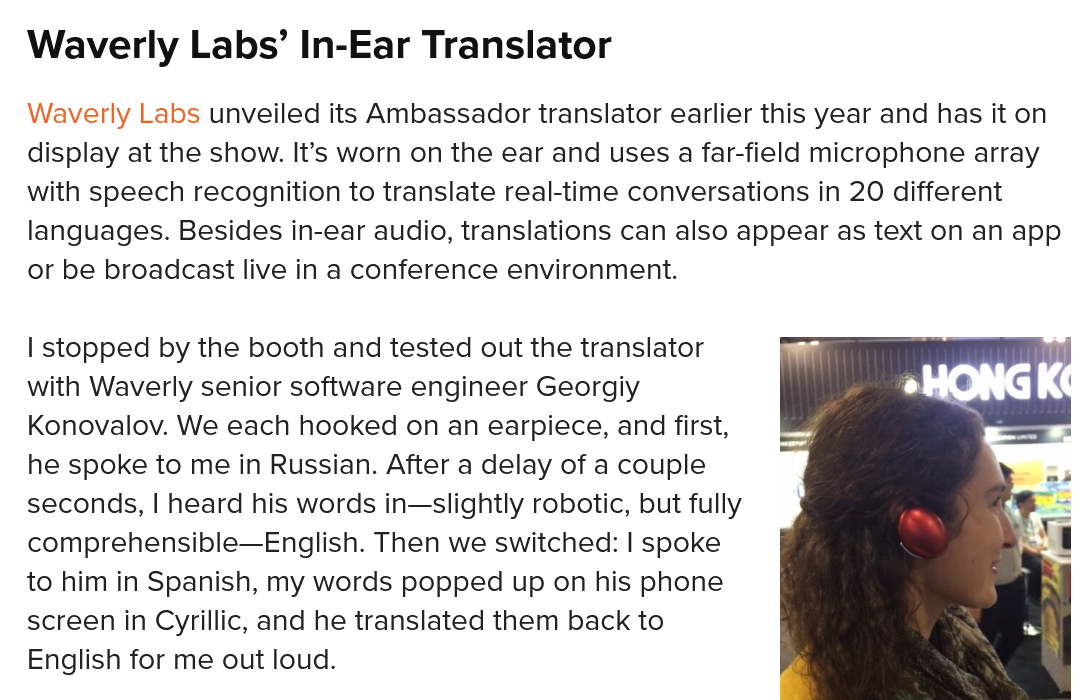
Waverly    Labs’  In-Ear  Translator
  Waverly Labs unveiled its Ambassador translator earlier this year and has it on
  display at the show. It’s worn on the ear and uses a far-field microphone array
  with speech recognition to translate real-time conversations in 20 different
  languages. Besides in-ear audio, translations can also appear as text on an app
  or be broadcast live in a conference environment.
  | stopped by the booth and tested out the translator
  with Waverly senior software engineer Georgiy
  Konovalov. We each hooked on an earpiece, and first,
  he spoke to me in Russian. After a delay of a couple
  seconds, | heard his words in—slightly robotic, but fully
  comprehensible—English. Then we switched: | spoke
  to him in Spanish, my words popped up on his phone
  screen in Cyrillic, and he translated them back to
  English for me out loud.